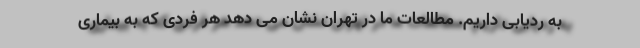
به ردیابی داریم. مطالعات ما در تهران نشان می دهد هر فردی که به بیماری